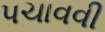
પચાવવી